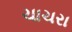
ચાચરા